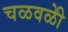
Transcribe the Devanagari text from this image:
चळवळीे